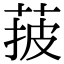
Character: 𦰽